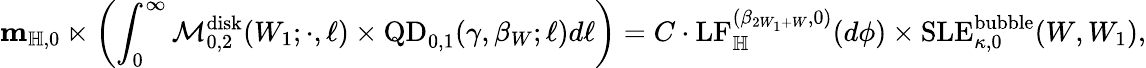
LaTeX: \mathbf{m}_{\mathbb H,0}\ltimes\left(\int_{0}^{\infty}\mathcal M_{0,2}^{\mathrm{disk}}(W_{1};\cdot,\ell)\times\mathrm{QD}_{0,1}(\gamma,\beta_{W};\ell)d\ell\right)=C\cdot\mathrm{LF}_{\mathbb H}^{(\beta_{2W_{1}+W},0)}(d\phi)\times\mathrm{SLE}_{\kappa,0}^{\mathrm{bubble}}(W,W_{1}),